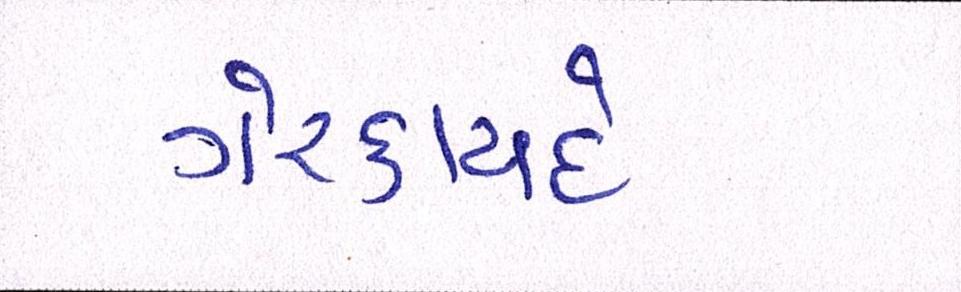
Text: ગેરકાયદે